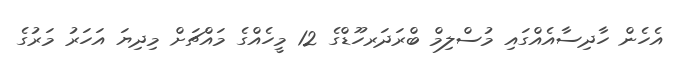
އެހެން ހާދިސާއެއްގައި މުސްލިމް ބްރަދަރހޫޑްގެ 12 މީހެއްގެ މައްޗަށް މިދިޔަ އަހަރު މަރުގެ